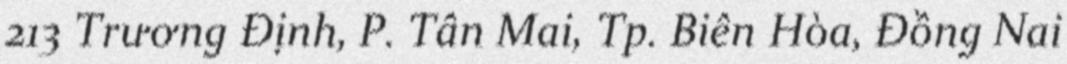
213 Trương Định, P. Tân Mai, Tp. Biên Hòa, Đồng Nai